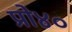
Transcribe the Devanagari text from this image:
प्रो४०